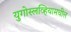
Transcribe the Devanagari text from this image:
युगोस्लव्हियामधील